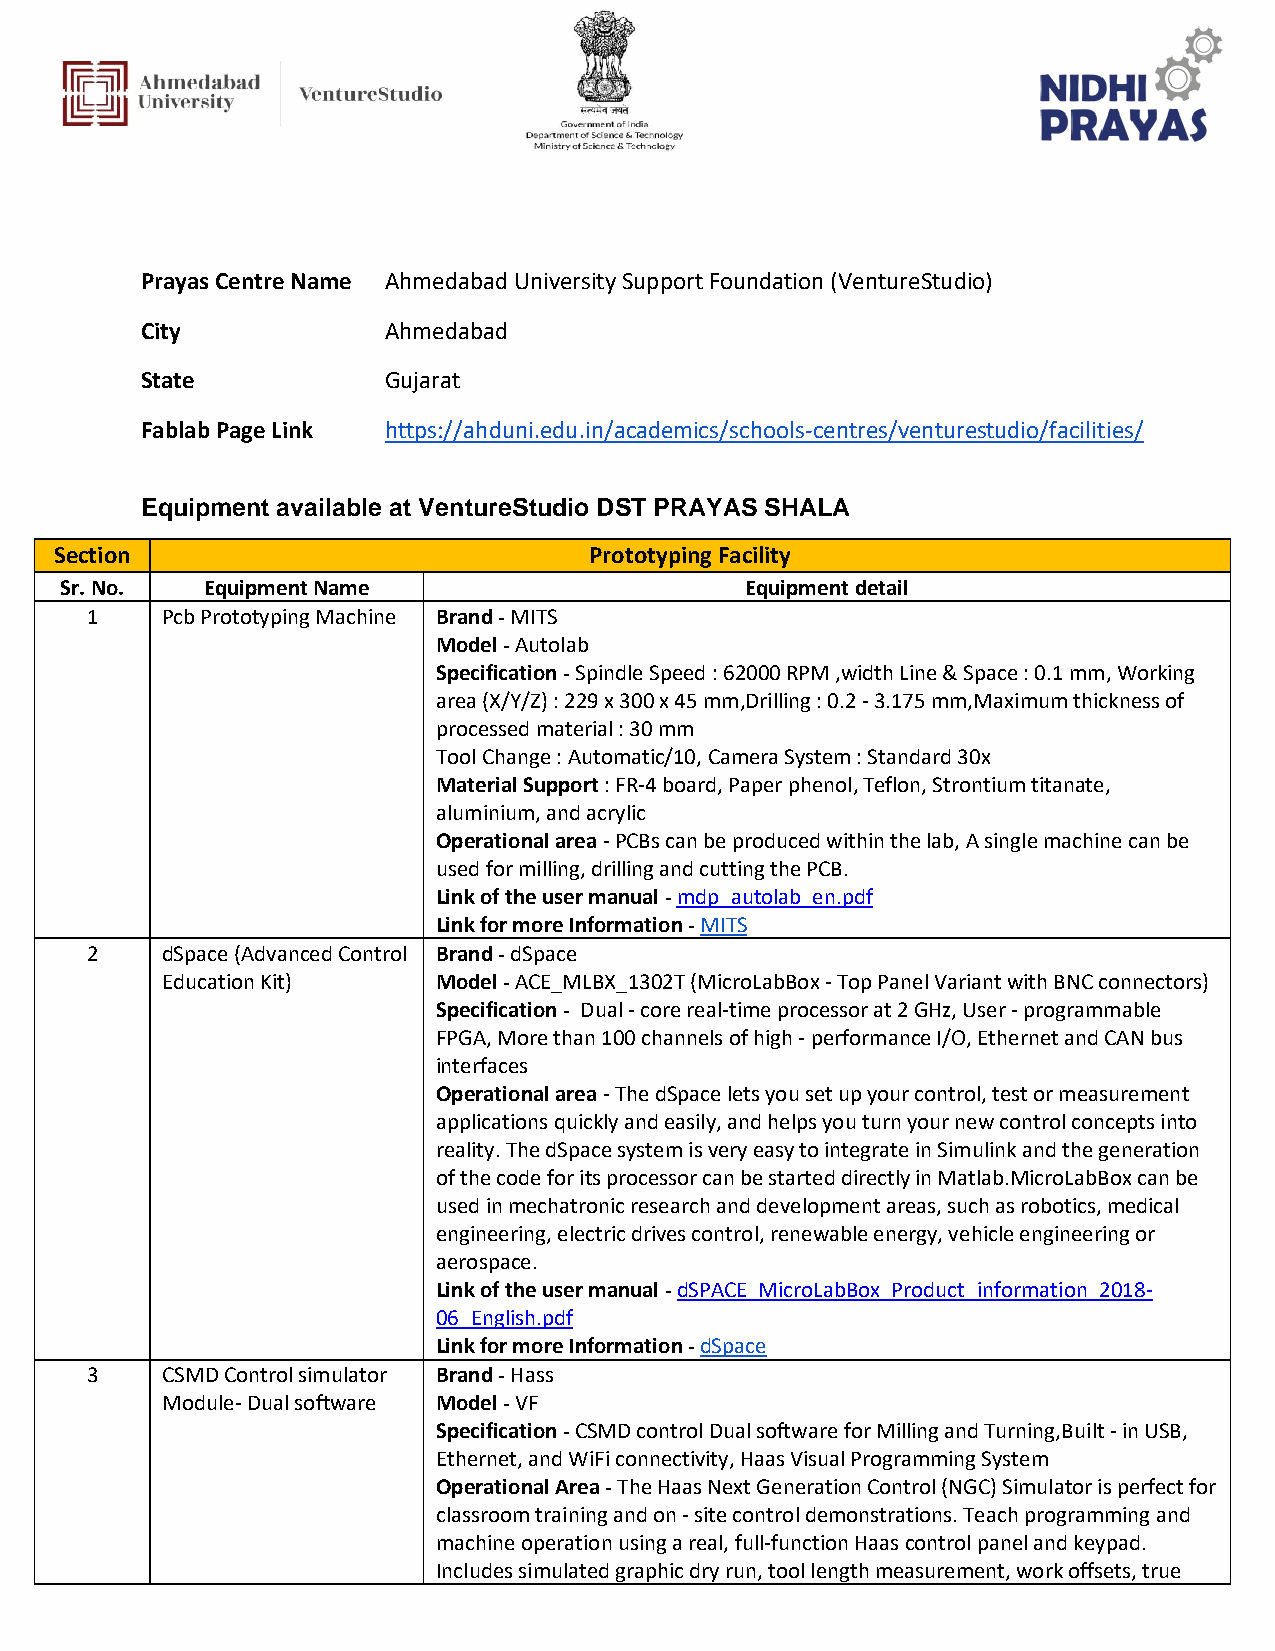
Prayas Centre Name Ahmedabad University Support Foundation (VentureStudio)
 City            Ahmedabad
 State           Gujarat
 Fablab Page Link https://ahduni.edu.in/academics/schools-centres/venturestudio/facilities/
 Equipment available at VentureStudio DST PRAYAS SHALA
 Section                            Prototyping Facility
 Sr. No.  Equipment Name                      Equipment detail
 1    Pcb Prototyping Machine Brand - MITS
 Model - Autolab
 Specification - Spindle Speed : 62000 RPM ,width Line & Space : 0.1 mm, Working
 area (X/Y/Z) : 229 x 300 x 45 mm,Drilling : 0.2 - 3.175 mm,Maximum thickness of
 processed material : 30 mm
 Tool Change : Automatic/10, Camera System : Standard 30x
 Material Support : FR-4 board, Paper phenol, Teflon, Strontium titanate,
 aluminium, and acrylic
 Operational area - PCBs can be produced within the lab, A single machine can be
 used for milling, drilling and cutting the PCB.
 Link of the user manual - mdp_autolab_en.pdf
 Link for more Information - MITS
 2    dSpace (Advanced Control Brand - dSpace
 Education Kit)    Model - ACE_MLBX_1302T (MicroLabBox - Top Panel Variant with BNC connectors)
 Specification - Dual - core real-time processor at 2 GHz, User - programmable
 FPGA, More than 100 channels of high - performance I/O, Ethernet and CAN bus
 interfaces
 Operational area - The dSpace lets you set up your control, test or measurement
 applications quickly and easily, and helps you turn your new control concepts into
 reality. The dSpace system is very easy to integrate in Simulink and the generation
 of the code for its processor can be started directly in Matlab.MicroLabBox can be
 used in mechatronic research and development areas, such as robotics, medical
 engineering, electric drives control, renewable energy, vehicle engineering or
 aerospace.
 Link of the user manual - dSPACE_MicroLabBox_Product_information_2018-
 06_English.pdf
 Link for more Information - dSpace
 3    CSMD Control simulator Brand - Hass
 Module- Dual software Model - VF
 Specification - CSMD control Dual software for Milling and Turning,Built - in USB,
 Ethernet, and WiFi connectivity, Haas Visual Programming System
 Operational Area - The Haas Next Generation Control (NGC) Simulator is perfect for
 classroom training and on - site control demonstrations. Teach programming and
 machine operation using a real, full-function Haas control panel and keypad.
 Includes simulated graphic dry run, tool length measurement, work offsets, true